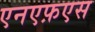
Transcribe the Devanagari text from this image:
एनएफ़एस